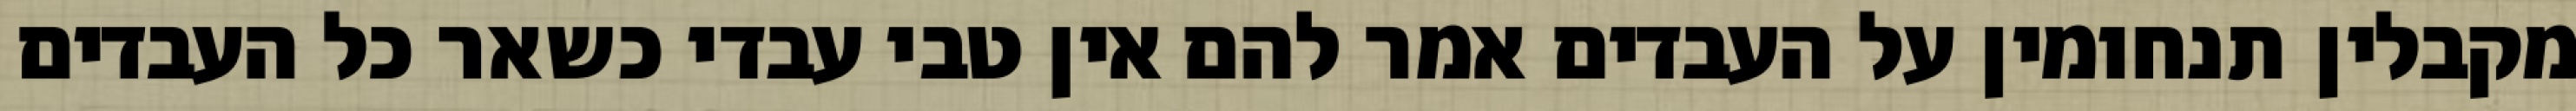
מקבלין תנחומין על העבדים אמר להם אין טבי עבדי כשאר כל העבדים